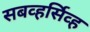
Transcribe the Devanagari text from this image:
सबव्हर्सिव्ह